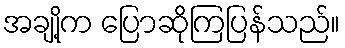
အချို့က ပြောဆိုကြပြန်သည်။